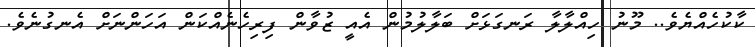
ކާކުހެއްޔެވެ.. މޫނު ހިއްލާލާ ރަނގަޅަށް ބަލާލުމުން އެއީ ޒުވާން ފިރިހެނެއްކަން އަހަންނަށް އެނގުނެވެ.